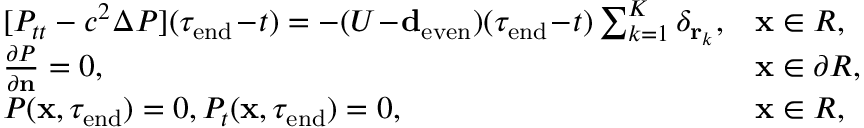
\begin{array} { r } { \begin{array} { l l } { [ P _ { t t } - c ^ { 2 } \Delta P ] ( \tau _ { \mathrm { e n d } } \! - \! t ) = - ( U \! - \! \ensuremath { \mathbf d _ { \mathrm { e v e n } } } ) ( \tau _ { \mathrm { e n d } } \! - \! t ) \sum _ { k = 1 } ^ { K } \delta _ { \mathbf r _ { k } } , } & { \mathbf x \in R , } \\ { { \frac { \partial P } { \partial \mathbf n } } = 0 , } & { \mathbf x \in \partial R , } \\ { P ( \mathbf x , \tau _ { \mathrm { e n d } } ) = 0 , P _ { t } ( \mathbf x , \tau _ { \mathrm { e n d } } ) = 0 , } & { \mathbf x \in R , } \end{array} } \end{array}